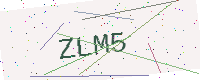
Text: ZLM5